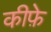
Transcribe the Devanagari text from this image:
कीफ़े